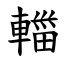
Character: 輺